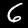
Label: 6